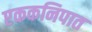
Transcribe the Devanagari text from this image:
एककनिपात